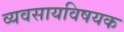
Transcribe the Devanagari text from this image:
व्यवसायविषयक